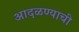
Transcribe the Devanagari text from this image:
आदळण्याची